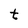
Character: t